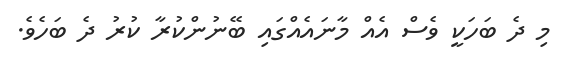
މި ދެ ބަހަކީ ވެސް އެއް މާނައެއްގައި ބޭނުންކުރާ ކުރު ދެ ބަހެވެ.